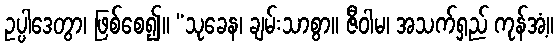
ဥပ္ပါဒေတွာ၊ ဖြစ်စေ၍။ “သုခေန၊ ချမ်းသာစွာ။ ဇီဝါမ၊ အသက်ရှည် ကုန်အံ့။